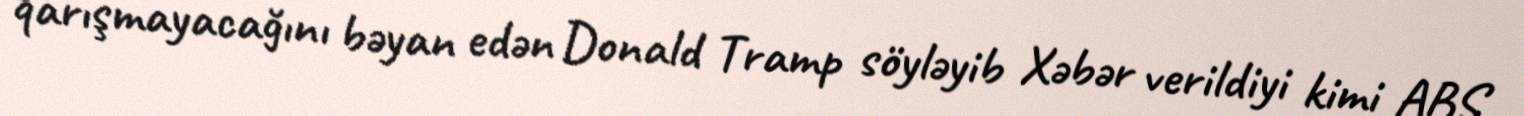
qarışmayacağını bəyan edən Donald Tramp söyləyib Xəbər verildiyi kimi ABŞ